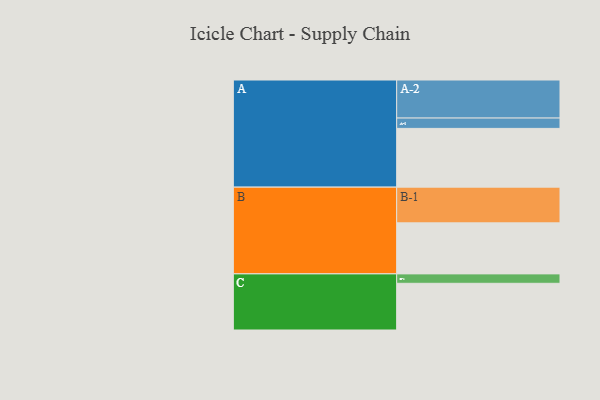
{"axis": {"x": "Segment", "y": "Value"}, "legend": ["", "A", "B", "C"], "data": [{"x": "A", "y": 380, "type": ""}, {"x": "B", "y": 330, "type": ""}, {"x": "C", "y": 302, "type": ""}, {"x": "A-1", "y": 67, "type": "A"}, {"x": "A-2", "y": 246, "type": "A"}, {"x": "B-1", "y": 231, "type": "B"}, {"x": "C-1", "y": 61, "type": "C"}]}